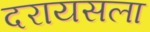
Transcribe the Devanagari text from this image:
दरायसला